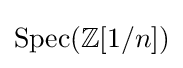
{\text{Spec}}(\mathbb {Z} [1/n])